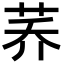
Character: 荞